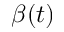
\beta ( t )